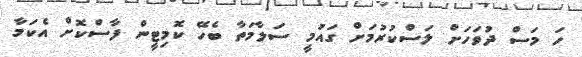
ހަ މަސް ދުވަހަށް ލަސްކުރުމަށް ގައުމީ ސަލާމަތާ ބެހޭ ކޮމިޓީން ފާސްކޮށް އެކަމާ